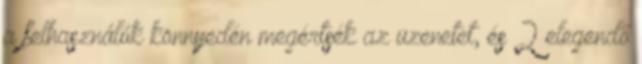
a felhasználók könnyedén megértsék az üzenetet, és 2 elegendő